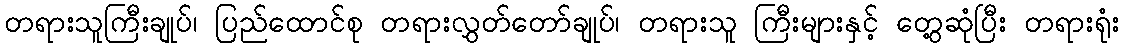
တရားသူကြီးချုပ်၊ ပြည်ထောင်စု တရားလွှတ်တော်ချုပ်၊ တရားသူ ကြီးများနှင့် တွေ့ဆုံပြီး တရားရုံး